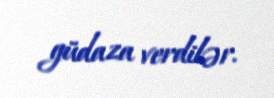
güdaza verdilər.